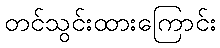
တင်သွင်းထားကြောင်း